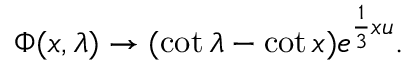
\Phi ( x , \lambda ) \rightarrow ( \cot \lambda - \cot x ) e ^ { \frac { 1 } { 3 } x u } .